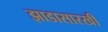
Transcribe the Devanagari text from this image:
झाडासारखी